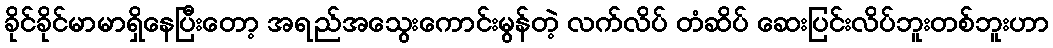
ခိုင်ခိုင်မာမာရှိနေပြီးတော့ အရည်အသွေးကောင်းမွန်တဲ့ လက်လိပ် တံဆိပ် ဆေးပြင်းလိပ်ဘူးတစ်ဘူးဟာ